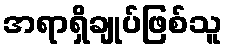
အရာရှိချုပ်ဖြစ်သူ